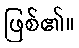
ဖြစ်၏။